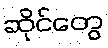
ဆိုင်တွေ